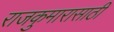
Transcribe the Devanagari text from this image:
राजकुमारासाठी